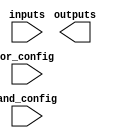
module SPAL #(
    parameter NUM_INPUTS = 4,   // Number of input lines
    parameter NUM_PRODUCT_TERMS = 8, // Number of product terms
    parameter NUM_OUTPUTS = 2    // Number of outputs
)(
    input wire [NUM_INPUTS-1:0] inputs,  // Input lines
    input wire [NUM_PRODUCT_TERMS-1:0] and_config,  // AND array configuration
    input wire [NUM_OUTPUTS-1:0] or_config,  // OR array configuration
    output wire [NUM_OUTPUTS-1:0] outputs   // Output lines
);

    wire [NUM_PRODUCT_TERMS-1:0] product_terms;  // Product term outputs
    wire [NUM_OUTPUTS-1:0] interim_outputs;      // Intermediate outputs from OR array

    // Generate product terms using the programmable AND array
    genvar i, j;

    generate
        for (i = 0; i < NUM_PRODUCT_TERMS; i = i + 1) begin : AND_ARRAY
            assign product_terms[i] = |({and_config[i] & inputs, ~and_config[i] & ~inputs});
            // Each product term is generated based on the configuration
        end
    endgenerate

    // Generate outputs using the programmable OR array
    generate
        for (j = 0; j < NUM_OUTPUTS; j = j + 1) begin : OR_ARRAY
            assign interim_outputs[j] = |product_terms[or_config[j*NUM_PRODUCT_TERMS+:NUM_PRODUCT_TERMS]];
            // Sum of selected product terms for each output
        end
    endgenerate

    // Assign final outputs
    assign outputs = interim_outputs;

endmodule